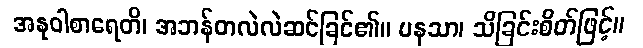
အနုဝါစာရေတိ၊ အဘန်တလဲလဲဆင်ခြင်၏။ မနသာ၊ သိခြင်းစိတ်ဖြင့်။